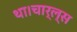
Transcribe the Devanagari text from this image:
था।चार्ल्स